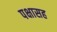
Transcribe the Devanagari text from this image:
पक्षासह